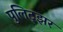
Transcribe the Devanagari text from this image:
पुलिट्झर